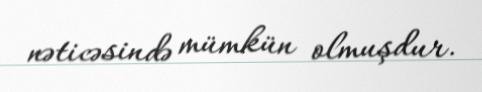
nəticəsində mümkün olmuşdur.